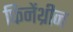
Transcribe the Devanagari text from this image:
फिनेंथ्रीन